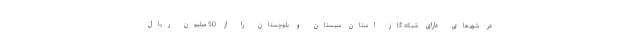
در شهرهای دارای شبکه گاز استان سیستان و بلوچستان را از 50 میلیون ریال